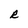
Character: R